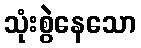
သုံးစွဲနေသော